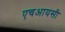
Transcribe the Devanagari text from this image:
एचआयसी